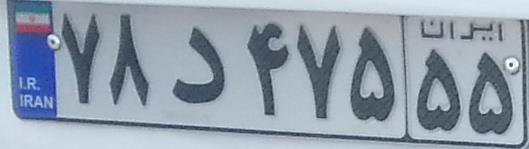
۷۸د۴۷۵۵۵